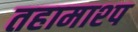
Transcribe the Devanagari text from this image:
तहामाश्प